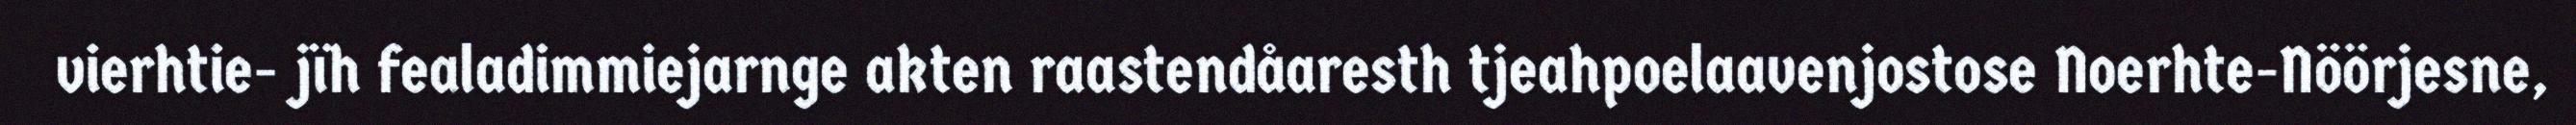
vierhtie- jïh fealadimmiejarnge akten raastendåaresth tjeahpoelaavenjostose Noerhte-Nöörjesne,